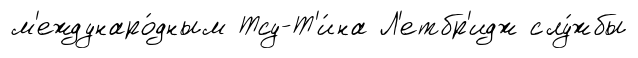
м'еждунаро́дным Тсу-Т'и́на Л'етбр'идж слу́жбы